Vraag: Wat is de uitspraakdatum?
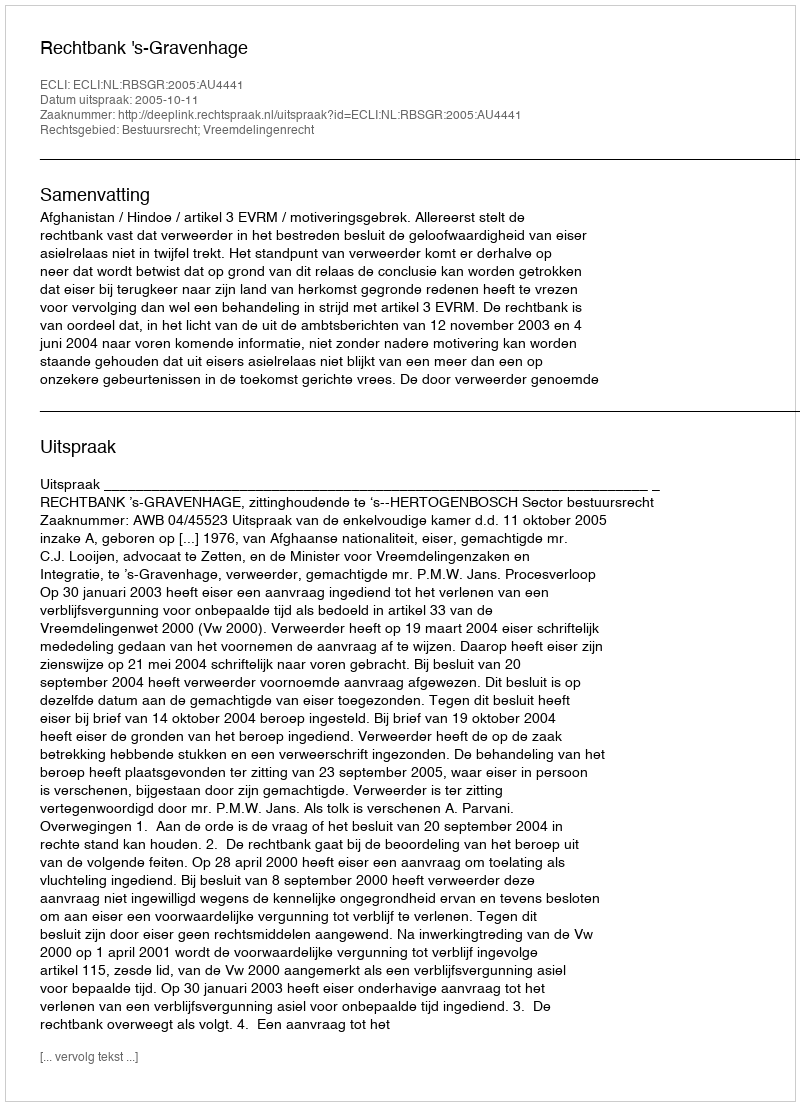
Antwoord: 2005-10-11